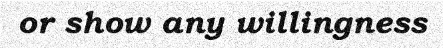
or show any willingness